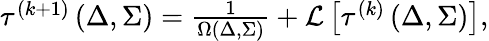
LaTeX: \begin{array}{r}{\tau^{(k+1)}\left(\Delta,\Sigma\right)=\frac{1}{\Omega(\Delta,\Sigma)}+{\cal L}\left[\tau^{(k)}\left(\Delta,\Sigma\right)\right],}\end{array}